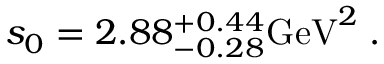
s _ { 0 } = 2 . 8 8 _ { - 0 . 2 8 } ^ { + 0 . 4 4 } \mathrm { G e V } ^ { 2 } \; .